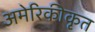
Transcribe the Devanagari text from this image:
अमेरिकीकृत